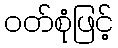
ဝတ်စုံဖြင့်